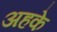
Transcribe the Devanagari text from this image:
अहके